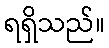
ရရှိသည်။